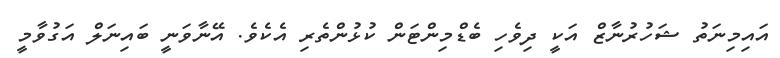
އައިމިނަތު ޝަހުރުނާޒް އަކީ ދިވެހި ބެޑްމިންޓަން ކުޅުންތެރި އެކެވެ. އޭނާވަނީ ބައިނަލް އަގުވާމީ